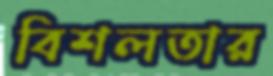
বিশলতার